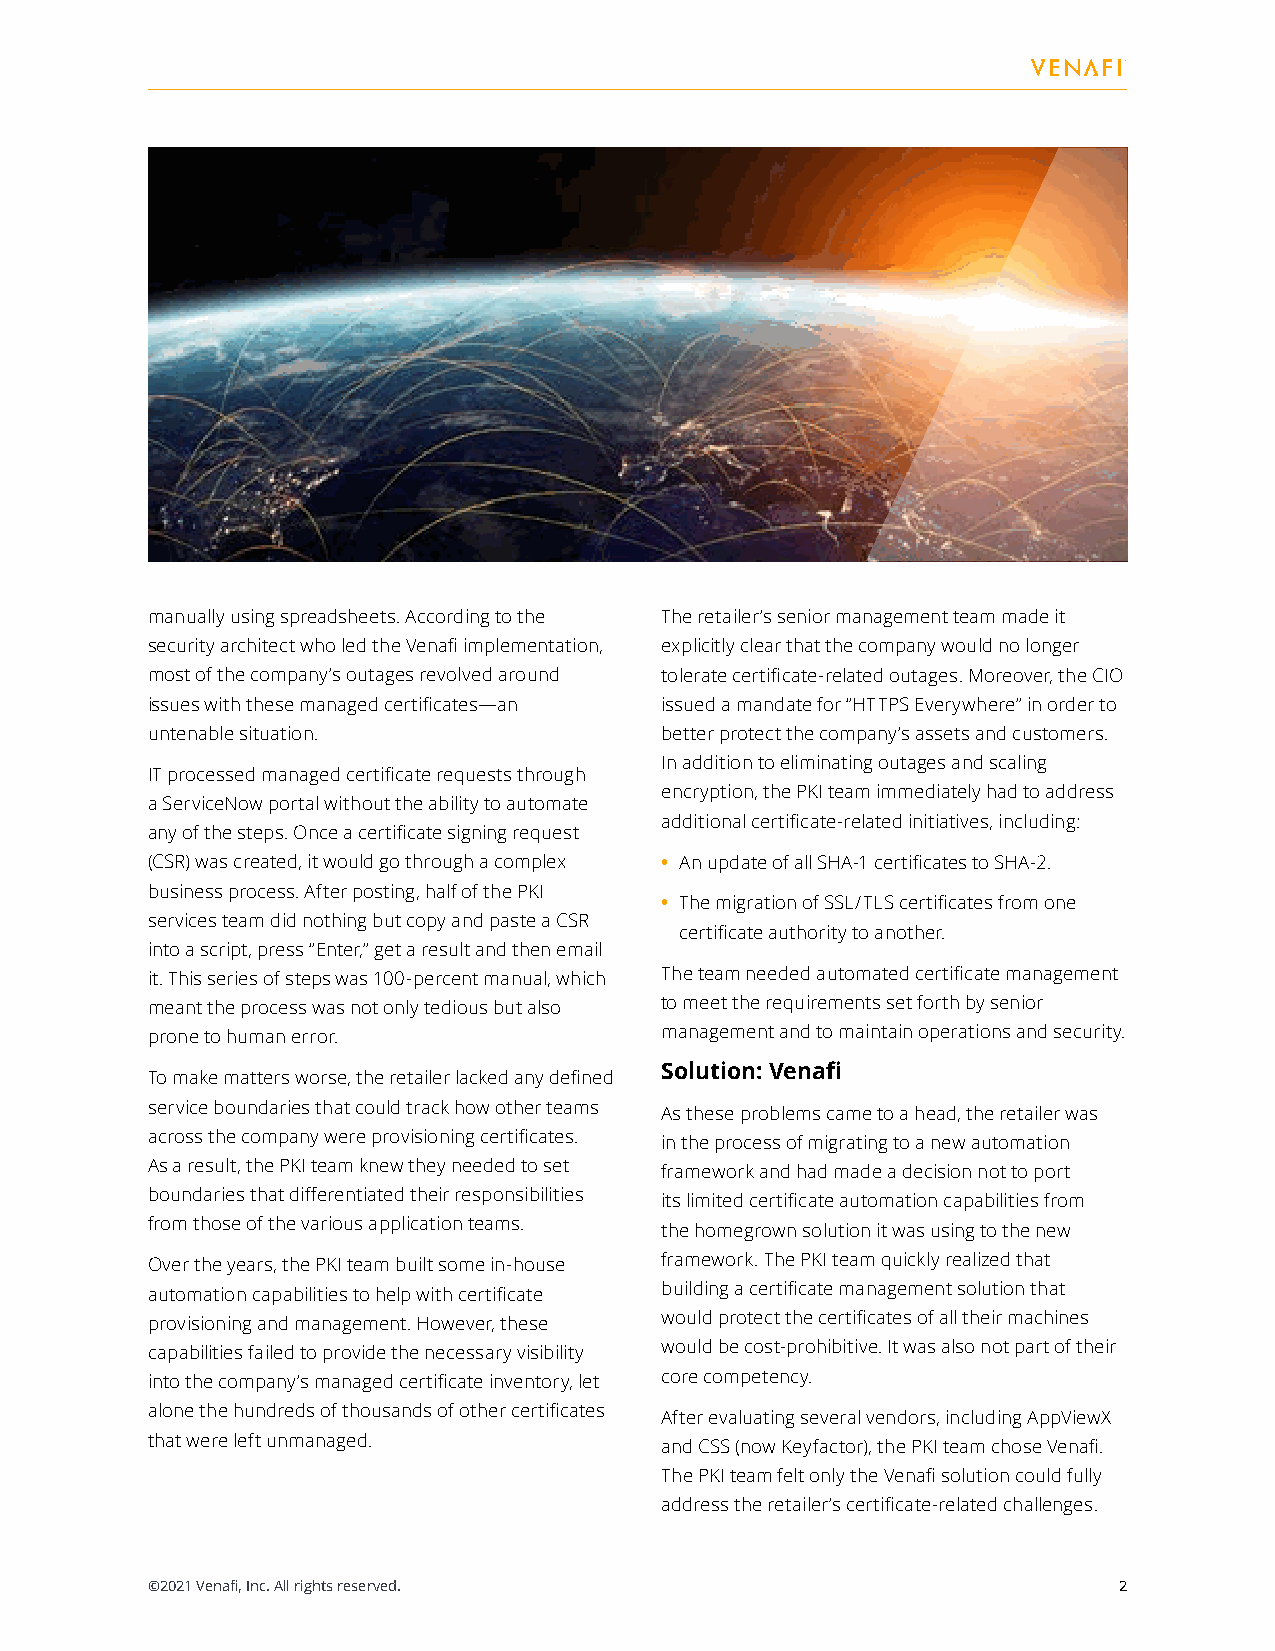
manually using spreadsheets. According to the The retailer’s senior management team made it
 security architect who led the Venafi implementation, explicitly clear that the company would no longer
 most of the company’s outages revolved around tolerate certificate-related outages. Moreover, the CIO
 issues with these managed certificates—an issued a mandate for “HTTPS Everywhere” in order to
 untenable situation.              better protect the company’s assets and customers.
 In addition to eliminating outages and scaling
 IT processed managed certificate requests through
 encryption, the PKI team immediately had to address
 a ServiceNow portal without the ability to automate
 additional certificate-related initiatives, including:
 any of the steps. Once a certificate signing request
 (CSR) was created, it would go through a complex • An update of all SHA-1 certificates to SHA-2.
 business process. After posting, half of the PKI
 • The migration of SSL/TLS certificates from one
 services team did nothing but copy and paste a CSR
 certificate authority to another.
 into a script, press “Enter,” get a result and then email
 it. This series of steps was 100-percent manual, which The team needed automated certificate management
 meant the process was not only tedious but also to meet the requirements set forth by senior
 prone to human error.             management and to maintain operations and security.
 Solution: Venafi
 To make matters worse, the retailer lacked any defined
 service boundaries that could track how other teams As these problems came to a head, the retailer was
 across the company were provisioning certificates. in the process of migrating to a new automation
 As a result, the PKI team knew they needed to set framework and had made a decision not to port
 boundaries that differentiated their responsibilities its limited certificate automation capabilities from
 from those of the various application teams. the homegrown solution it was using to the new
 Over the years, the PKI team built some in-house framework. The PKI team quickly realized that
 automation capabilities to help with certificate building a certificate management solution that
 provisioning and management. However, these would protect the certificates of all their machines
 capabilities failed to provide the necessary visibility would be cost-prohibitive. It was also not part of their
 into the company’s managed certificate inventory, let core competency.
 alone the hundreds of thousands of other certificates After evaluating several vendors, including AppViewX
 that were left unmanaged.         and CSS (now Keyfactor), the PKI team chose Venafi.
 The PKI team felt only the Venafi solution could fully
 address the retailer’s certificate-related challenges.
 ©2021 Venafi, Inc. All rights reserved.                         2